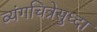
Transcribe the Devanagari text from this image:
व्यंगचित्रेसुध्दा